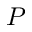
P